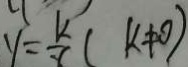
y = \frac { k } { x } ( k \neq 0 )